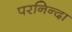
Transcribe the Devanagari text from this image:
परनिन्दा